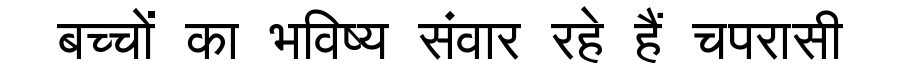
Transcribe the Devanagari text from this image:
बच्चों का भविष्य संवार रहे हैं चपरासी